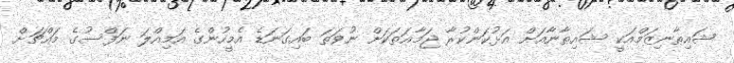
ޝައިޠާނިޒަމްއަކީ ޝައިޠާނާއަށް އަޅުކަންކުރާ ޖަމާޢަތަކަށް ނުވަތަ ބައިގަނަޑެ އެމީހުންގެ އަމިއްލަ ނަފްސުގެ މައްޗަށް